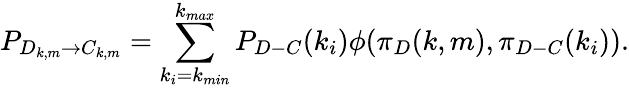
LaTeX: P_{D_{k,m}\rightarrow C_{k,m}}=\sum_{k_{i}=k_{min}}^{k_{max}}P_{D-C}(k_{i})\phi(\pi_{D}(k,m),\pi_{D-C}(k_{i})).